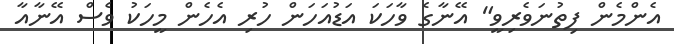
އެންމެން ފިތުނަވެރިވީ" އޭނާގެ ވާހަކަ އަޑުއަހަން ހުރި އެހެން މީހަކު ވެސް އޭނާއާ